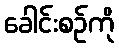
ခေါင်းစဉ်ကို